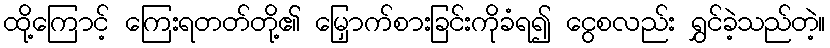
ထို့ကြောင့် ကြေးရတတ်တို့၏ မြှောက်စားခြင်းကိုခံရ၍ ငွေစလည်း ရွှင်ခဲ့သည်တဲ့။